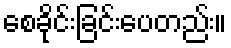
စေခိုင်းခြင်းပေတည်း။